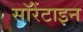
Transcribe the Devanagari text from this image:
सॉरेंटाइन